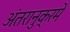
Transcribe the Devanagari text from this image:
अंतरानुक्रमे